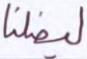
ليضلنا